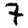
Digit: 7